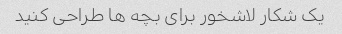
یک شکار لاشخور برای بچه ها طراحی کنید